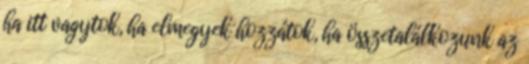
ha itt vagytok, ha elmegyek hozzátok, ha összetalálkozunk az